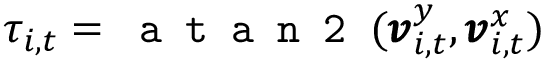
\tau _ { i , t } = \texttt { a t a n 2 } ( \pmb { v } _ { i , t } ^ { y } , \pmb { v } _ { i , t } ^ { x } )